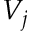
V _ { j }